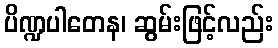
ပိဏ္ဍပါတေန၊ ဆွမ်းဖြင့်လည်း